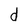
Character: d